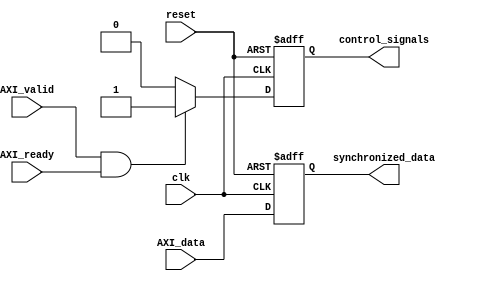
module timing_control_and_sync (
    input wire clk,
    input wire reset,
    input wire AXI_valid,
    input wire AXI_ready,
    input wire AXI_data,
    output reg control_signals,
    output reg synchronized_data
);

// Timing control block
always @ (posedge clk or posedge reset) begin
    if (reset) begin
        // Reset control signals
        control_signals <= 0;
    end else begin
        // Generate control signals based on AXI_valid and AXI_ready
        if (AXI_valid && AXI_ready) begin
            control_signals <= 1;
        end else begin
            control_signals <= 0;
        end
    end
end

// Synchronization block
always @ (posedge clk or posedge reset) begin
    if (reset) begin
        // Reset synchronized data
        synchronized_data <= 0;
    end else begin
        // Synchronize and align data signals
        synchronized_data <= AXI_data;
    end
end

endmodule